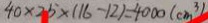
4 0 \times 2 5 \times ( 1 6 - 1 2 ) = 4 0 0 0 ( c m ^ { 3 } )